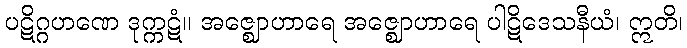
ပဋိဂ္ဂဟဏေ ဒုက္ကဋံ။ အဇ္ဈောဟာရေ အဇ္ဈောဟာရေ ပါဋိဒေသနီယံ၊ ဣတိ၊